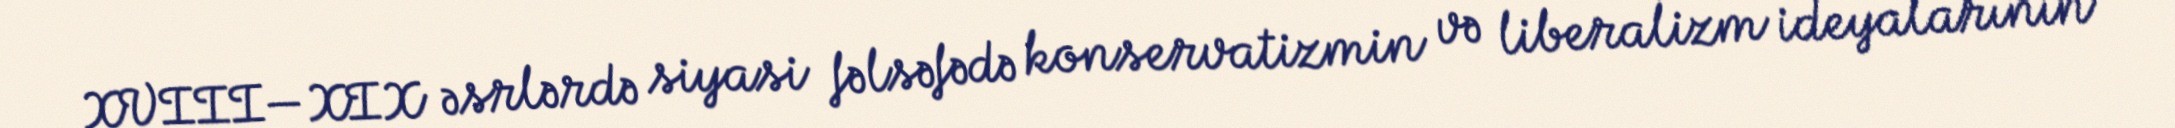
XVIII—XIX əsrlərdə siyasi fəlsəfədə konservatizmin və liberalizm ideyalarının